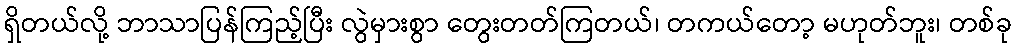
ရှိတယ်လို့ ဘာသာပြန်ကြည့်ပြီး လွဲမှားစွာ တွေးတတ်ကြတယ်၊ တကယ်တော့ မဟုတ်ဘူး၊ တစ်ခု